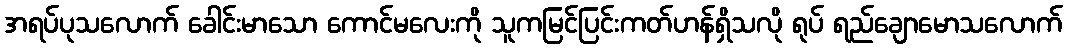
အရပ်ပုသလောက် ခေါင်းမာသော ကောင်မလေးကို သူကမြင်ပြင်းကတ်ဟန်ရှိသလို ရုပ် ရည်ချောမောသလောက်